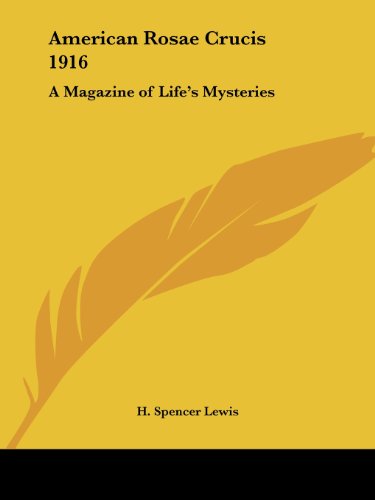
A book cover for American Rosae Crucis 1916: A Magazine of Life's Mysteries; H. Spencer Lewis; Religion & Spirituality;